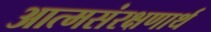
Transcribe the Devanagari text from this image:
आत्मसंरक्षणार्थ